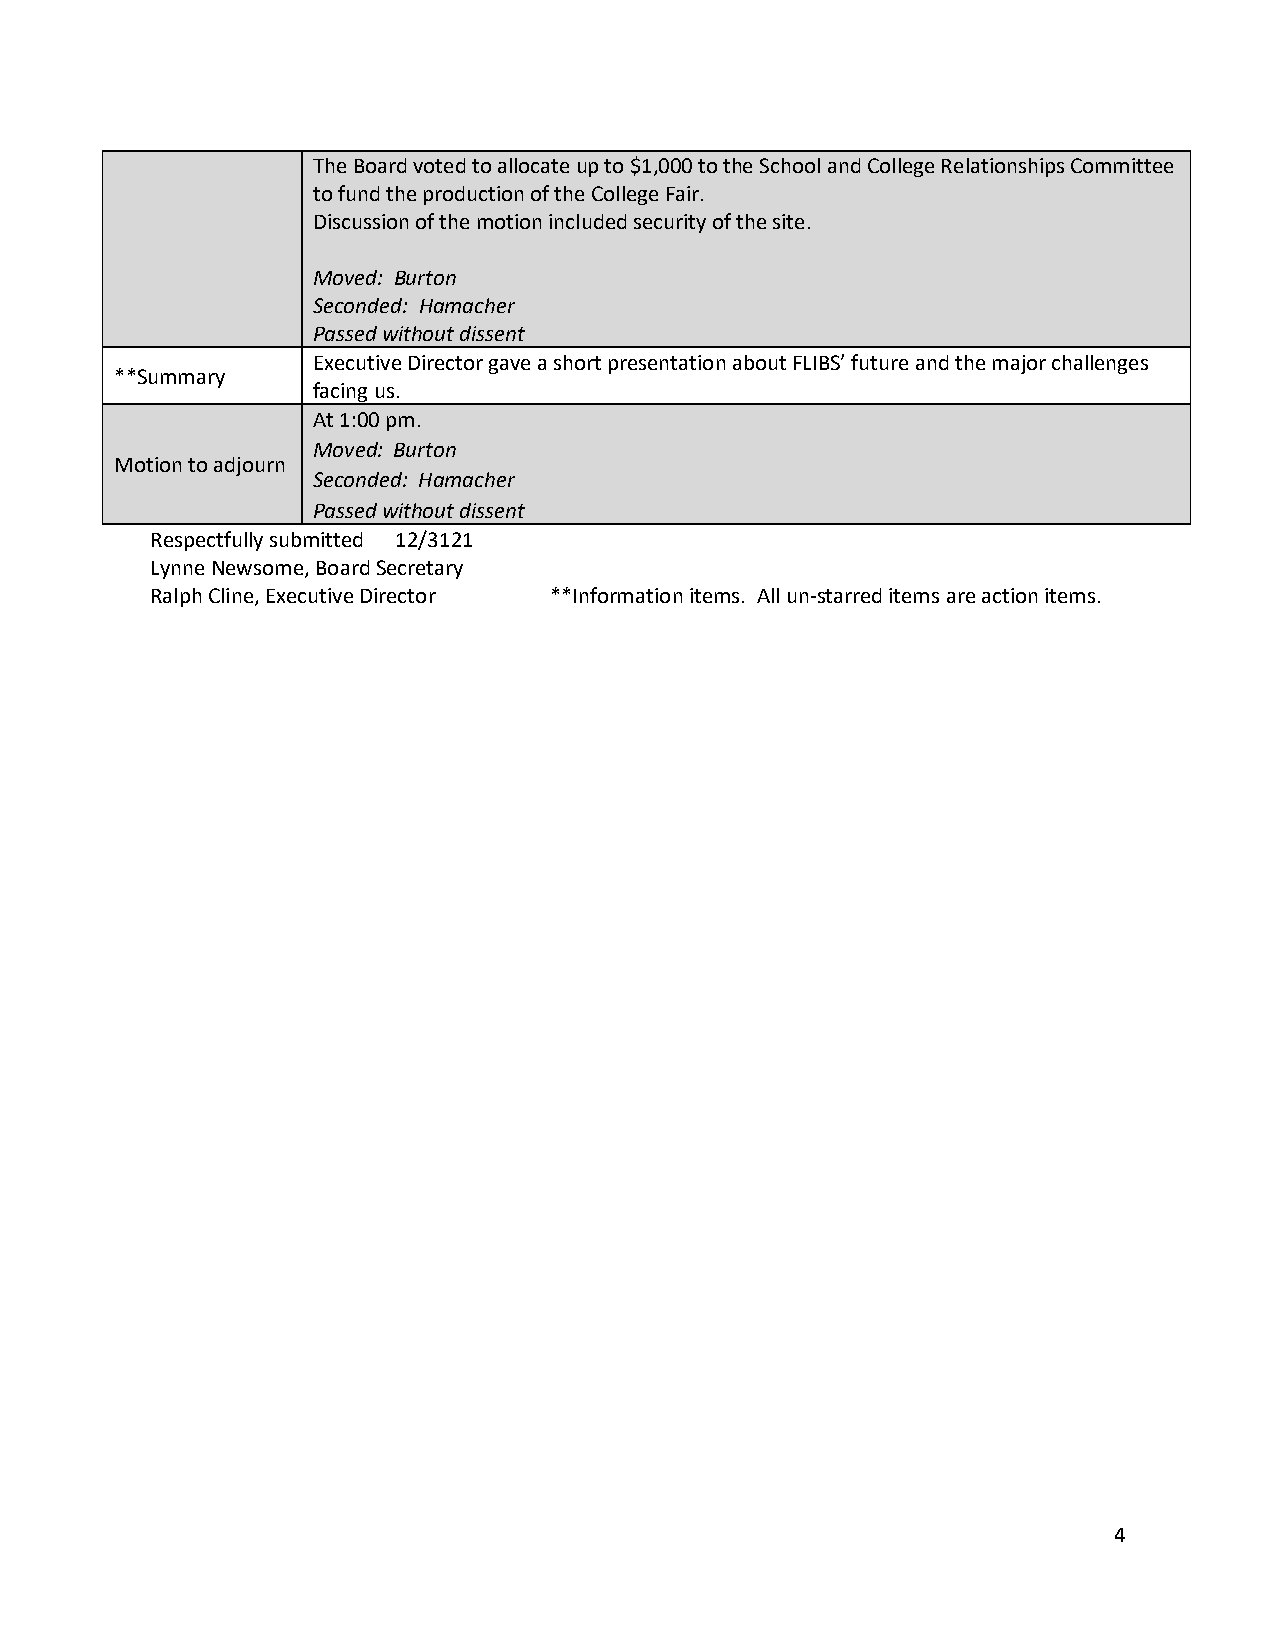
The Board voted to allocate up to $1,000 to the School and College Relationships Committee
 to fund the production of the College Fair.
 Discussion of the motion included security of the site.
 Moved: Burton
 Seconded: Hamacher
 Passed without dissent
 Executive Director gave a short presentation about FLIBS’ future and the major challenges
 **Summary
 facing us.
 At 1:00 pm.
 Moved: Burton
 Motion to adjourn
 Seconded: Hamacher
 Passed without dissent
 Respectfully submitted 12/3121
 Lynne Newsome, Board Secretary
 Ralph Cline, Executive Director **Information items. All un-starred items are action items.
 4